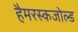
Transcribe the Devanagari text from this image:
हैमरस्कजोल्‍ड